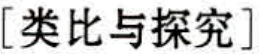
[类比与探究]